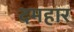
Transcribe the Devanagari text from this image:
दमहार